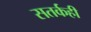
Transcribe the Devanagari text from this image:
सतर्कही